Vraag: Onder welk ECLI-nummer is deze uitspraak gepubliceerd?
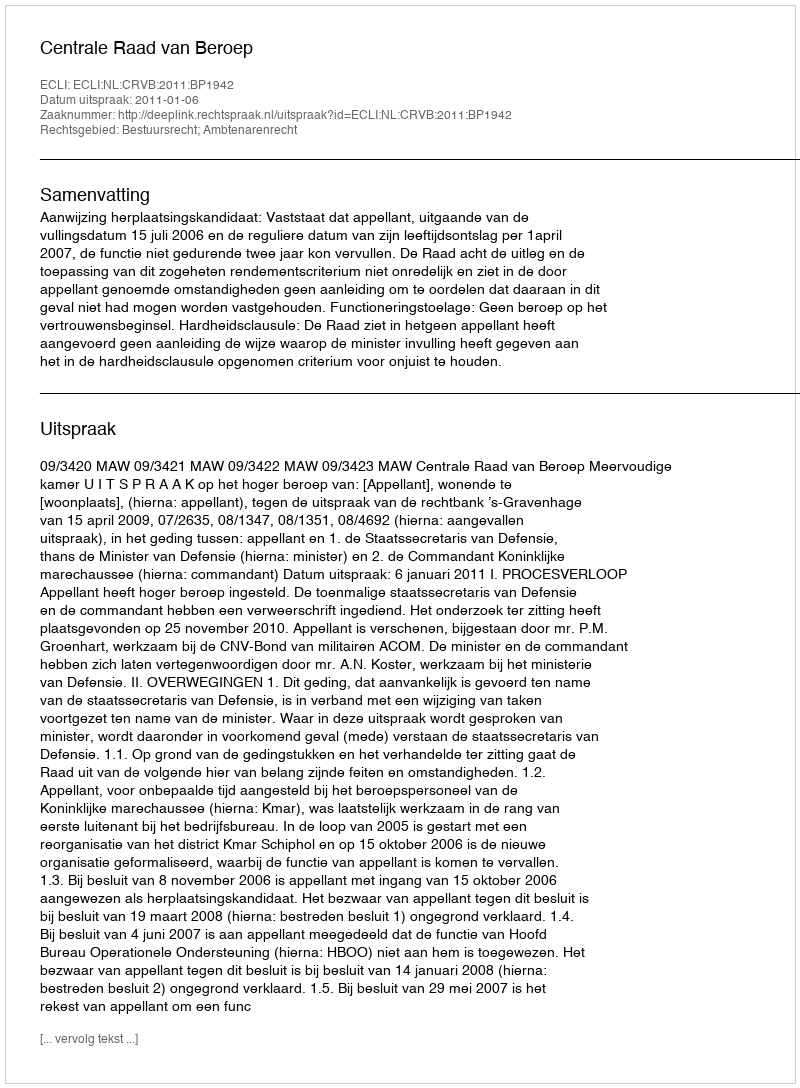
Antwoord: ECLI:NL:CRVB:2011:BP1942